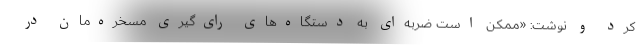
کرد و نوشت: «ممکن است ضربه‌ای به دستگاه‌های رای‌گیری مسخره‌مان در